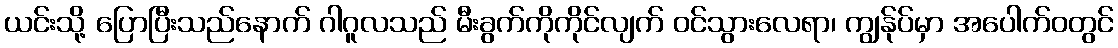
ယင်းသို့ ပြောပြီးသည်နောက် ဂါဂူလသည် မီးခွက်ကိုကိုင်လျက် ဝင်သွားလေရာ၊ ကျွန်ုပ်မှာ အပေါက်ဝတွင်